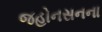
જહોનસનના